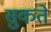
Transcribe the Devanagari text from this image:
सुकते